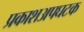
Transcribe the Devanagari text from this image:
प्रकाशअपघटक